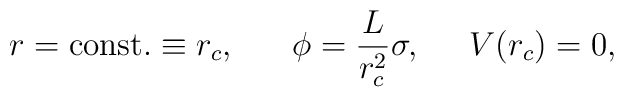
r=\mbox{const.}\equiv r_c,\;\;\;\;\;\;\phi=\frac{L}{r_c^2}\sigma,\;\;\;\;\;V(r_c)=0,